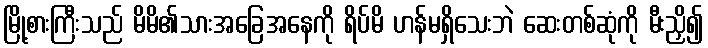
မြို့စားကြီးသည် မိမိ၏သားအခြေအနေကို ရိပ်မိ ဟန်မရှိသေးဘဲ ဆေးတစ်ဆုံကို မီးညှိ၍